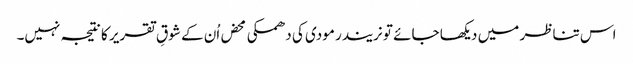
اس تناظر میں دیکھا جائے تو نریندر مودی کی دھمکی محض اُن کے شوقِ تقریر کا نتیجہ نہیں۔